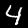
Label: 4